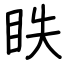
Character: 眣